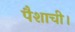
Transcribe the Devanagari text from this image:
पैशाची।